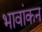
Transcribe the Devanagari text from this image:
भावांकन